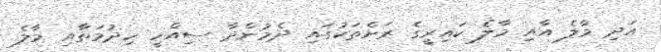
އަދި މާލެ އާއި މާލެ ކައިރީގެ ރަށްތަކުގައި ދެމުންދާ ސިއްހީ ހިދުމަތާއި މާލެ